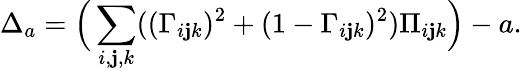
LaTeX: \Delta_{a}=\Big(\sum_{i,\mathbf{j},k}((\Gamma_{i\mathbf{j}k})^{2}+(1-\Gamma_{i\mathbf{j}k})^{2})\Pi_{i\mathbf{j}k}\Big)-a.